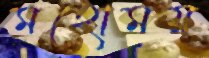
মহোময়